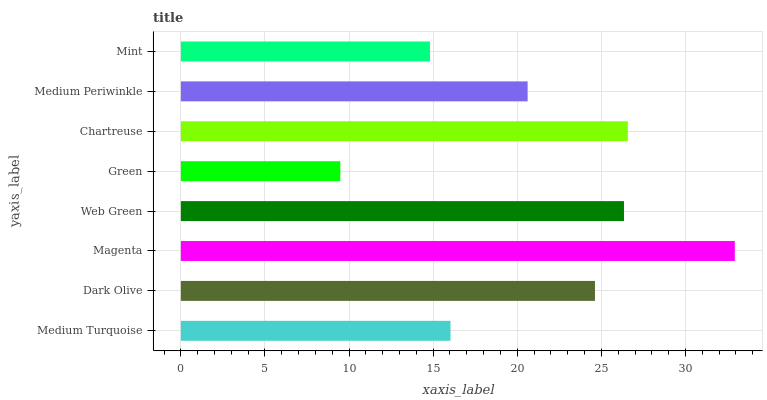
| yaxis_label | bars |
 | --- | --- |
 | Medium Turquoise | 16 |
 | Dark Olive | 24.6 |
 | Magenta | 32.9 |
 | Web Green | 26.3 |
 | Green | 9.48 |
 | Chartreuse | 26.6 |
 | Medium Periwinkle | 20.6 |
 | Mint | 14.8 |